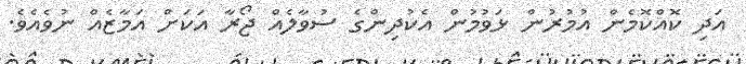
އަދި ކޮއްކޮމެން އުމުރުން ޅަވުމުން އެކުދިންގެ ސުވާލެއް ޖޯރާ އަކަށް އަމާޒެއް ނުވެއެވެ.